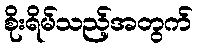
စိုးရိမ်သည့်အတွက်